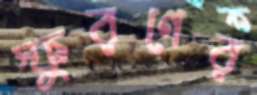
স্ফুরণের